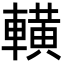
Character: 𨎩